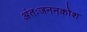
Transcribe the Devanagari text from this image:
अंतःजननकोश